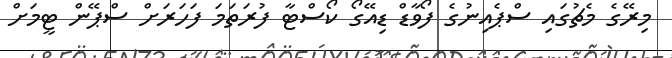
މިރޭގެ މެޗުގައި ސްޕެއިނުގެ ފޯވާޑް ޑިއޭގޯ ކޯސްޓާ ފުރަތަމަ ފަހަރަށް ސްޕޭން ޓީމަށް